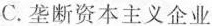
C.垄断资本主义企业